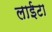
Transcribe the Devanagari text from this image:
लाईटा